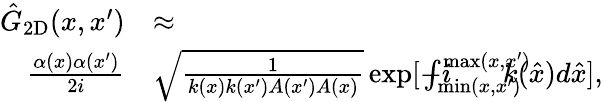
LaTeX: \begin{array}{rl}{\hat{G}_{\mathrm{2D}}(x,x^{\prime})}&{\approx}\\ {\frac{\alpha(x)\alpha(x^{\prime})}{2i}}&{\sqrt{\frac{1}{k(x)k(x^{\prime})A(x^{\prime})A(x)}}\exp[-i\! \! \! \! \! \! \! \int_{\operatorname*{min}(x,x^{\prime})}^{\operatorname*{max}(x,x^{\prime})}\! \! \! \! \! \! \! {k(\hat{x})d\hat{x}}],}\end{array}